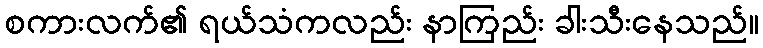
စကားလက်၏ ရယ်သံကလည်း နာကြည်း ခါးသီးနေသည်။